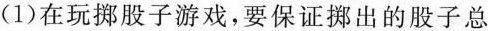
(1)在玩挪股子游戏，要保证挪出的股子总